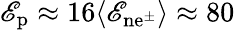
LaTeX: \mathscr{E}_{\mathrm{{p}}}\approx16\langle\mathscr{E}_{\mathrm{{n{e}^{\pm}}}}\rangle\approx80